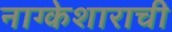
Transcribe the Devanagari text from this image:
नाग्केशाराची